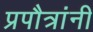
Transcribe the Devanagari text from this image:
प्रपौत्रांनी